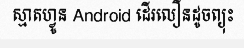
ស្មាតហ្វូន Android ដើរលឿនដូចព្យុះ